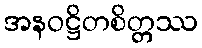
အနဝဋ္ဌိတစိတ္တဿ